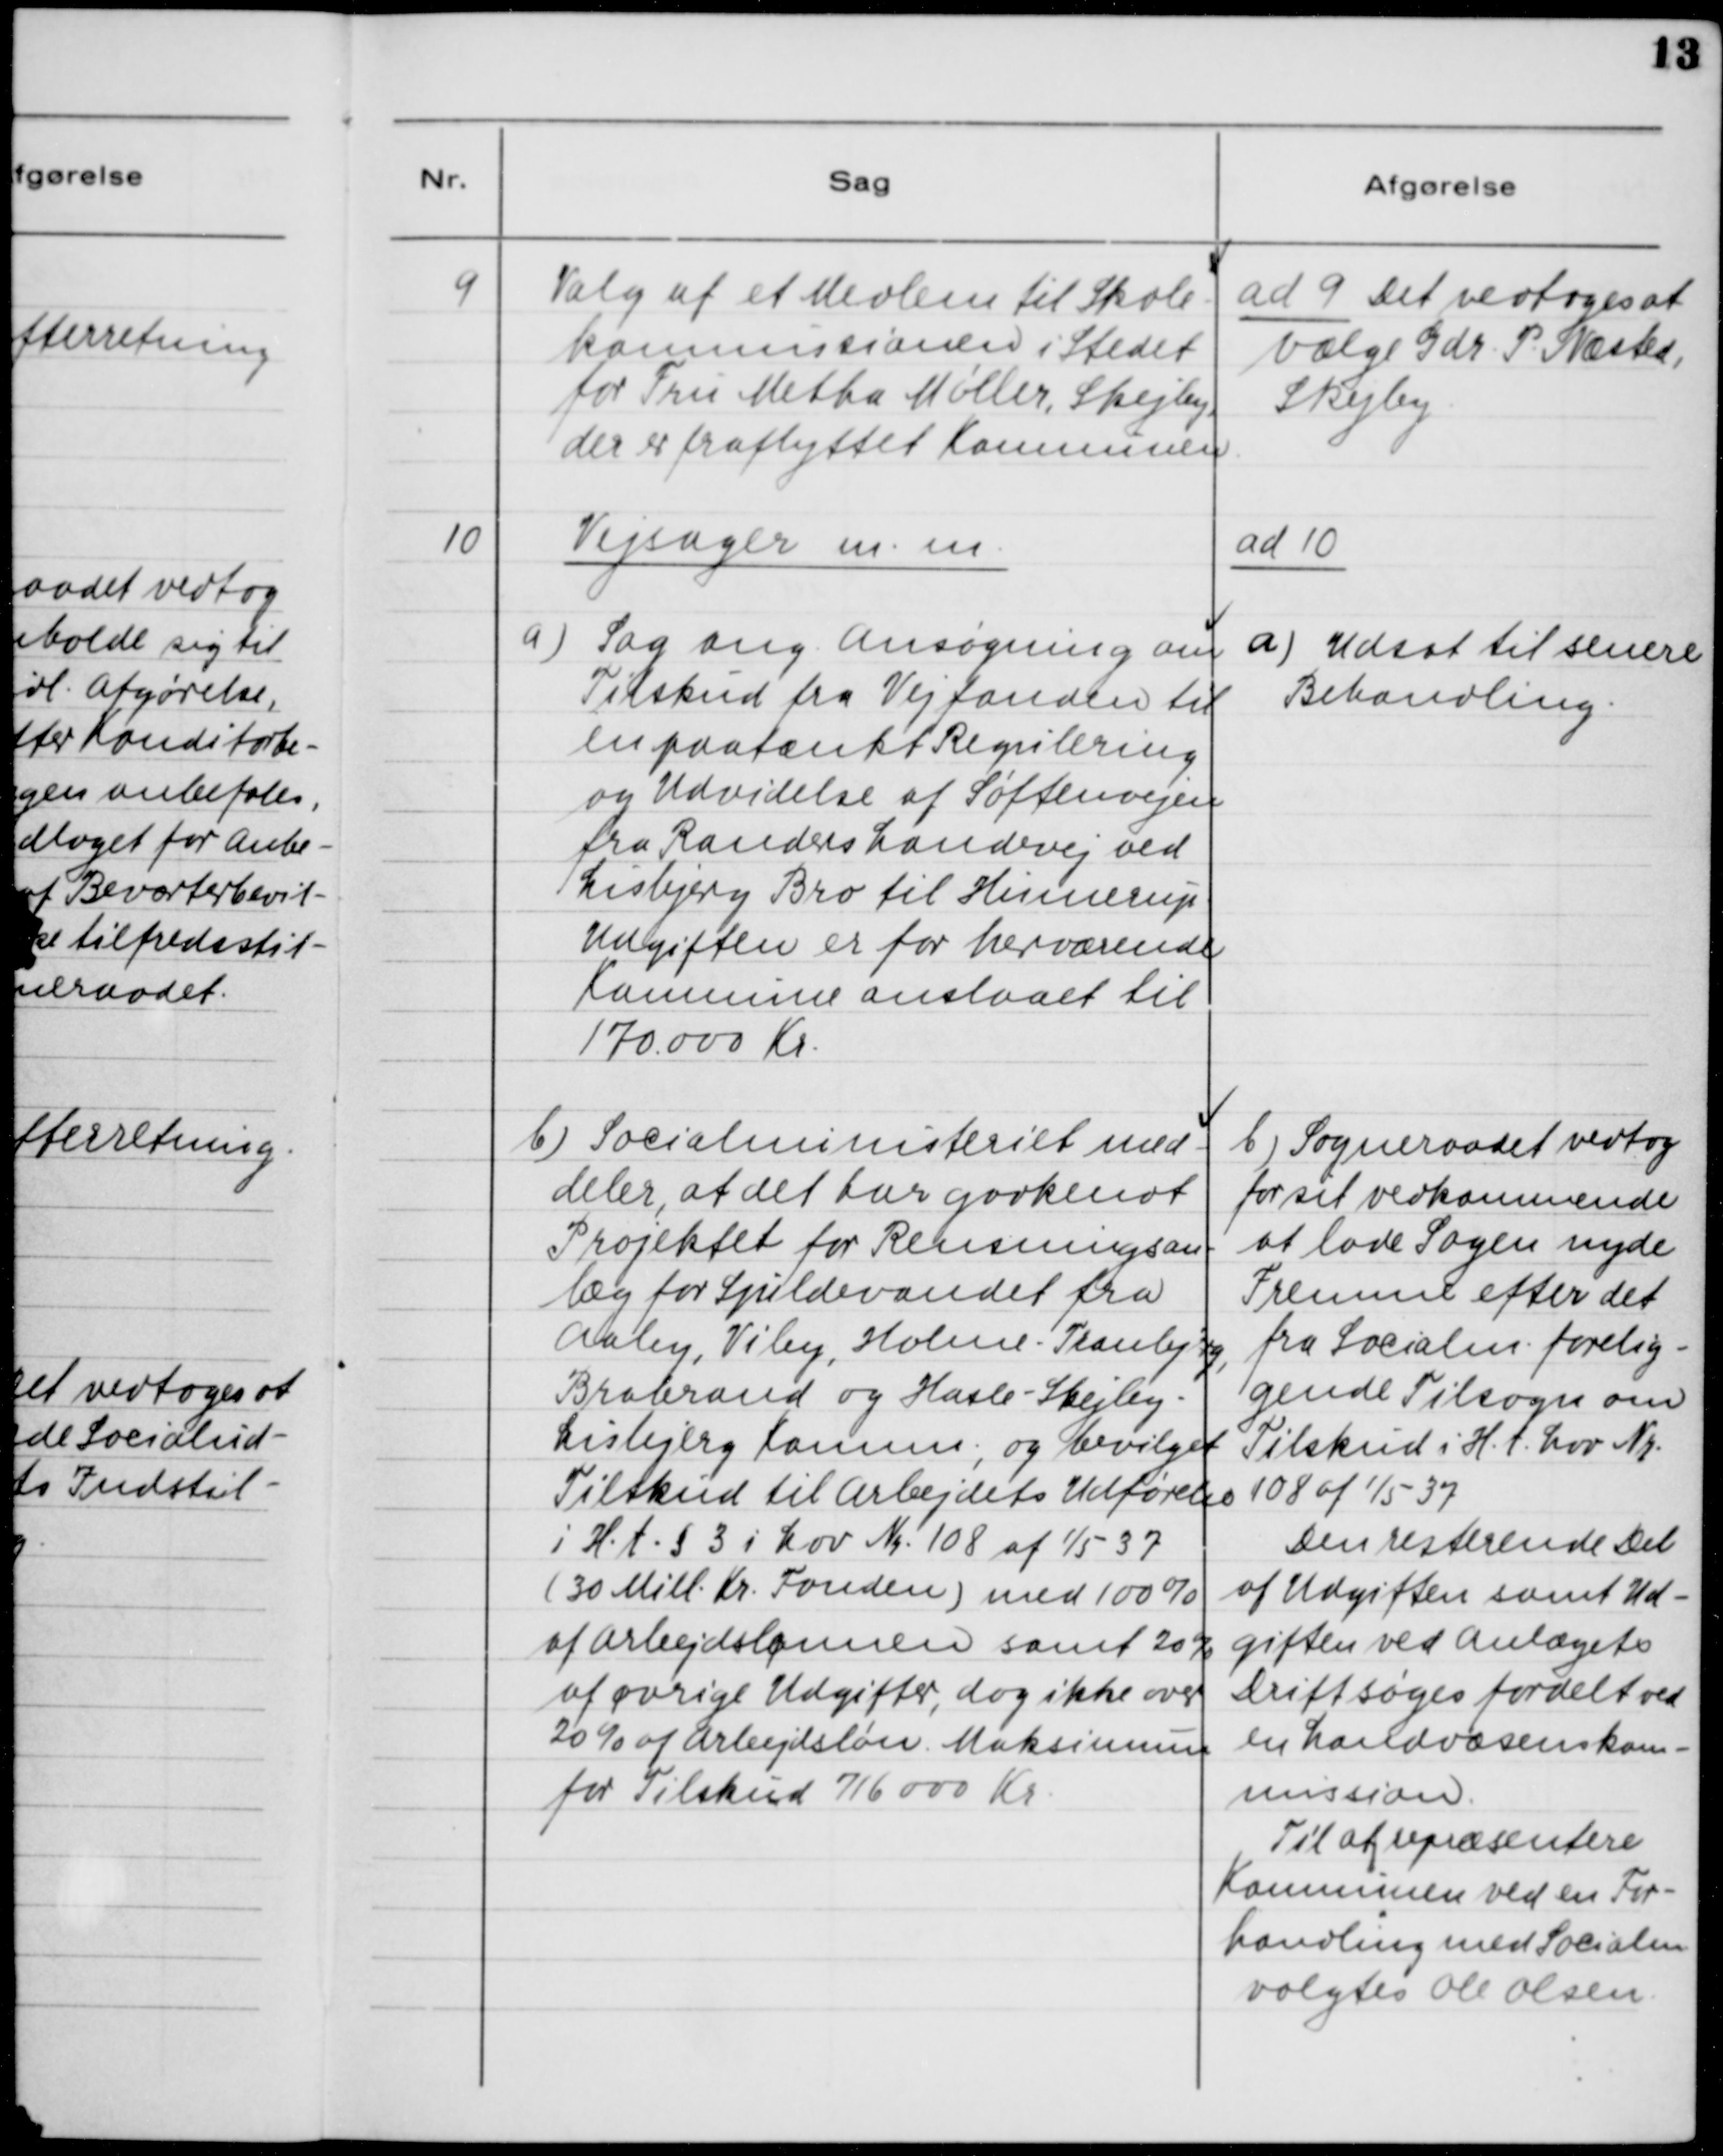
Transskription:
9. Valg af et Medlem til Skole-
kommissionen i Stedet
for Fru Metha Møller, Skejby,
der er fraflyttet Kommunen.

ad 9. Det vedtoges at
vælge Gdr. P. Næsted,
Skejby.

10 Vejsager m.m.
a) Sag ang. Ansøgning om
Tilskud fra Vejfonden til
en paatænkt Regulering
og Udvidelse af Søftenvejen
fra Randers Landevej ved
Lisbjerg Bro til Hinnerup.
Udgiften er for herværende
Kommune anslaaet til
170 000 Kr.
b. Socialministeriet med-
deler, at det har godkendt
Projekt for Rensningsan-
læg for Spildevandet fra
Aaby, Viby, Holme - Tranbjerg,
Brabrand og Hasle - Skejby -
Lisbjerg Komm., og bevilget
Tilskud til Arbejdets Udførelse
i H. t. § 3 i Lov Nr. 108 af 1/5 37.
(30 Mill. Kr. Fonden) med 100%
af Arbejdslønnen samt 20%
af øvrige Udgifter, dog ikke over
20% af Arbejdsløn. Maksimum
for Tilskud 716 000 Kr.

ad 10.
a) Udsat til senere
Behandling

b) Sogneraadet vedtog
for sit vedkommende
at lade Sagen nyde
Fremme efter det
fra Socialm. forelig-
gende Tilsagn om
Tilskud i H. t. Lov Nr.
108 af 1/5 37.
Den resterende Del
af Udgiften samt Ud-
giften ved Anlæggets
Drift søges fordelt ved
en Landvæsenskom-
mission.
Til at repræsentere
Kommunen ved en For-
handling med Socialm.
valgtes Ole Olsen.